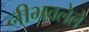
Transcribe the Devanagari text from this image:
नीभवलेले